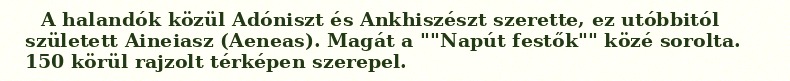
A halandók közül Adóniszt és Ankhiszészt szerette, ez utóbbitól született Aineiasz (Aeneas). Magát a ""Napút festők"" közé sorolta. 150 körül rajzolt térképen szerepel.